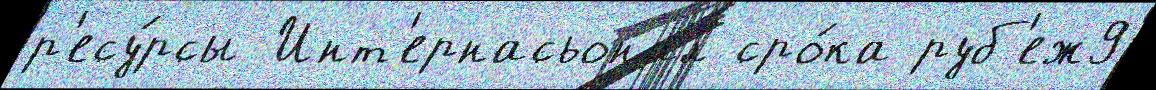
р'есу́рсы Инт'ернасьонал сро́ка руб'еж9